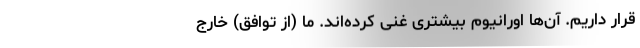
قرار داریم. آن‌ها اورانیوم بیشتری غنی کرده‌اند. ما (از توافق) خارج